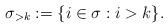
LaTeX: \begin{align*}\sigma_{>k}:=\{i\in \sigma:i>k\}.\end{align*}